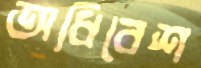
অধিবেশ